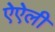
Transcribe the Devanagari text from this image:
ऐऐली